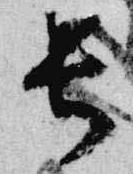
長